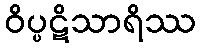
ဝိပ္ပဋိသာရိဿ